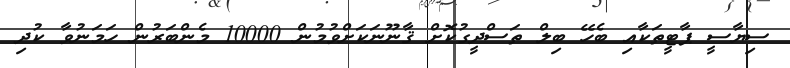
ސިޔާސީ ޕާޓީތަކާއި ބެހޭ ބިލް ތަސްދީގުކޮށް ޤާނޫނަކަށްވުމުން 10000 މެންބަރުން ހަމަނުވާ ކުދި